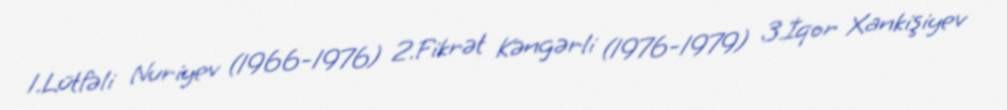
1.Lütfəli Nuriyev (1966-1976) 2.Fikrət Kəngərli (1976-1979) 3.İqor Xankişiyev